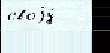
своjу́